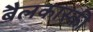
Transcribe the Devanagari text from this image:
बैलकास्की